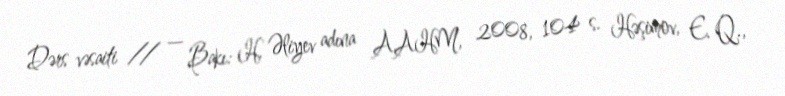
Dərs vəsaiti // — Bakı: H. Əliyev adına AAHM, 2008, 104 s. Həşimov, E. Q.,